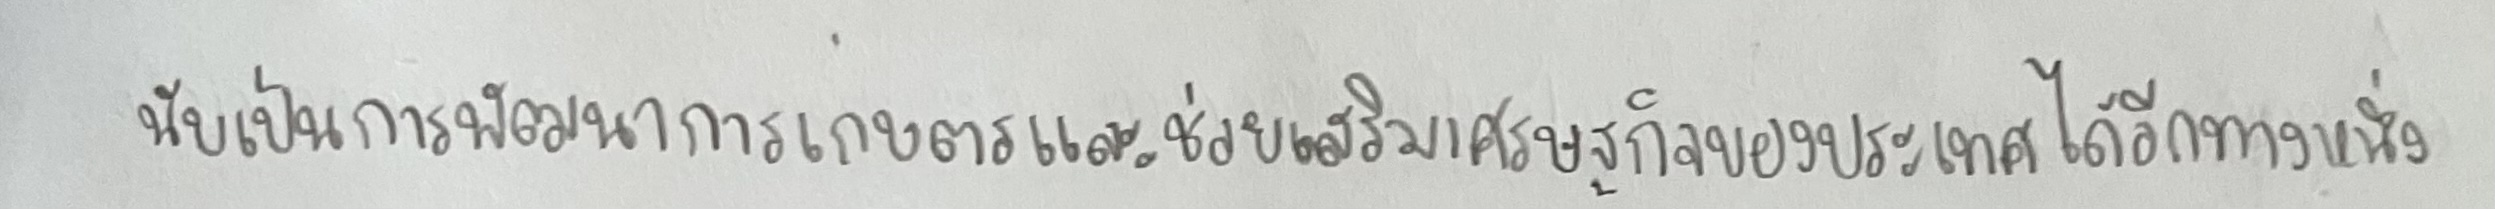
นับเป็นการพัฒนาการเกษตรและช่วยเสริมเศรษฐกิจของประเทศได้อีกทางหนึ่ง